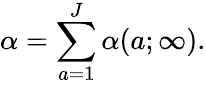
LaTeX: \alpha=\sum_{a=1}^{J}\alpha(a;\infty).